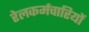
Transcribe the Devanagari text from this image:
रेलकर्मचारियों